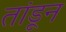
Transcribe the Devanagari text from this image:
तांडून